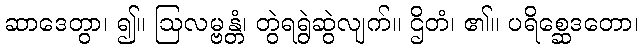
ဆာဒေတွာ၊ ၍။ ဩလမ္ဗန္တံ၊ တွဲရရွဲဆွဲလျက်။ ဌိတံ၊ ၏။ ပရိစ္ဆေဒတော၊